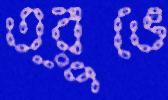
ত্রুভে